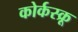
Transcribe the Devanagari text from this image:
कोर्कस्क्रू